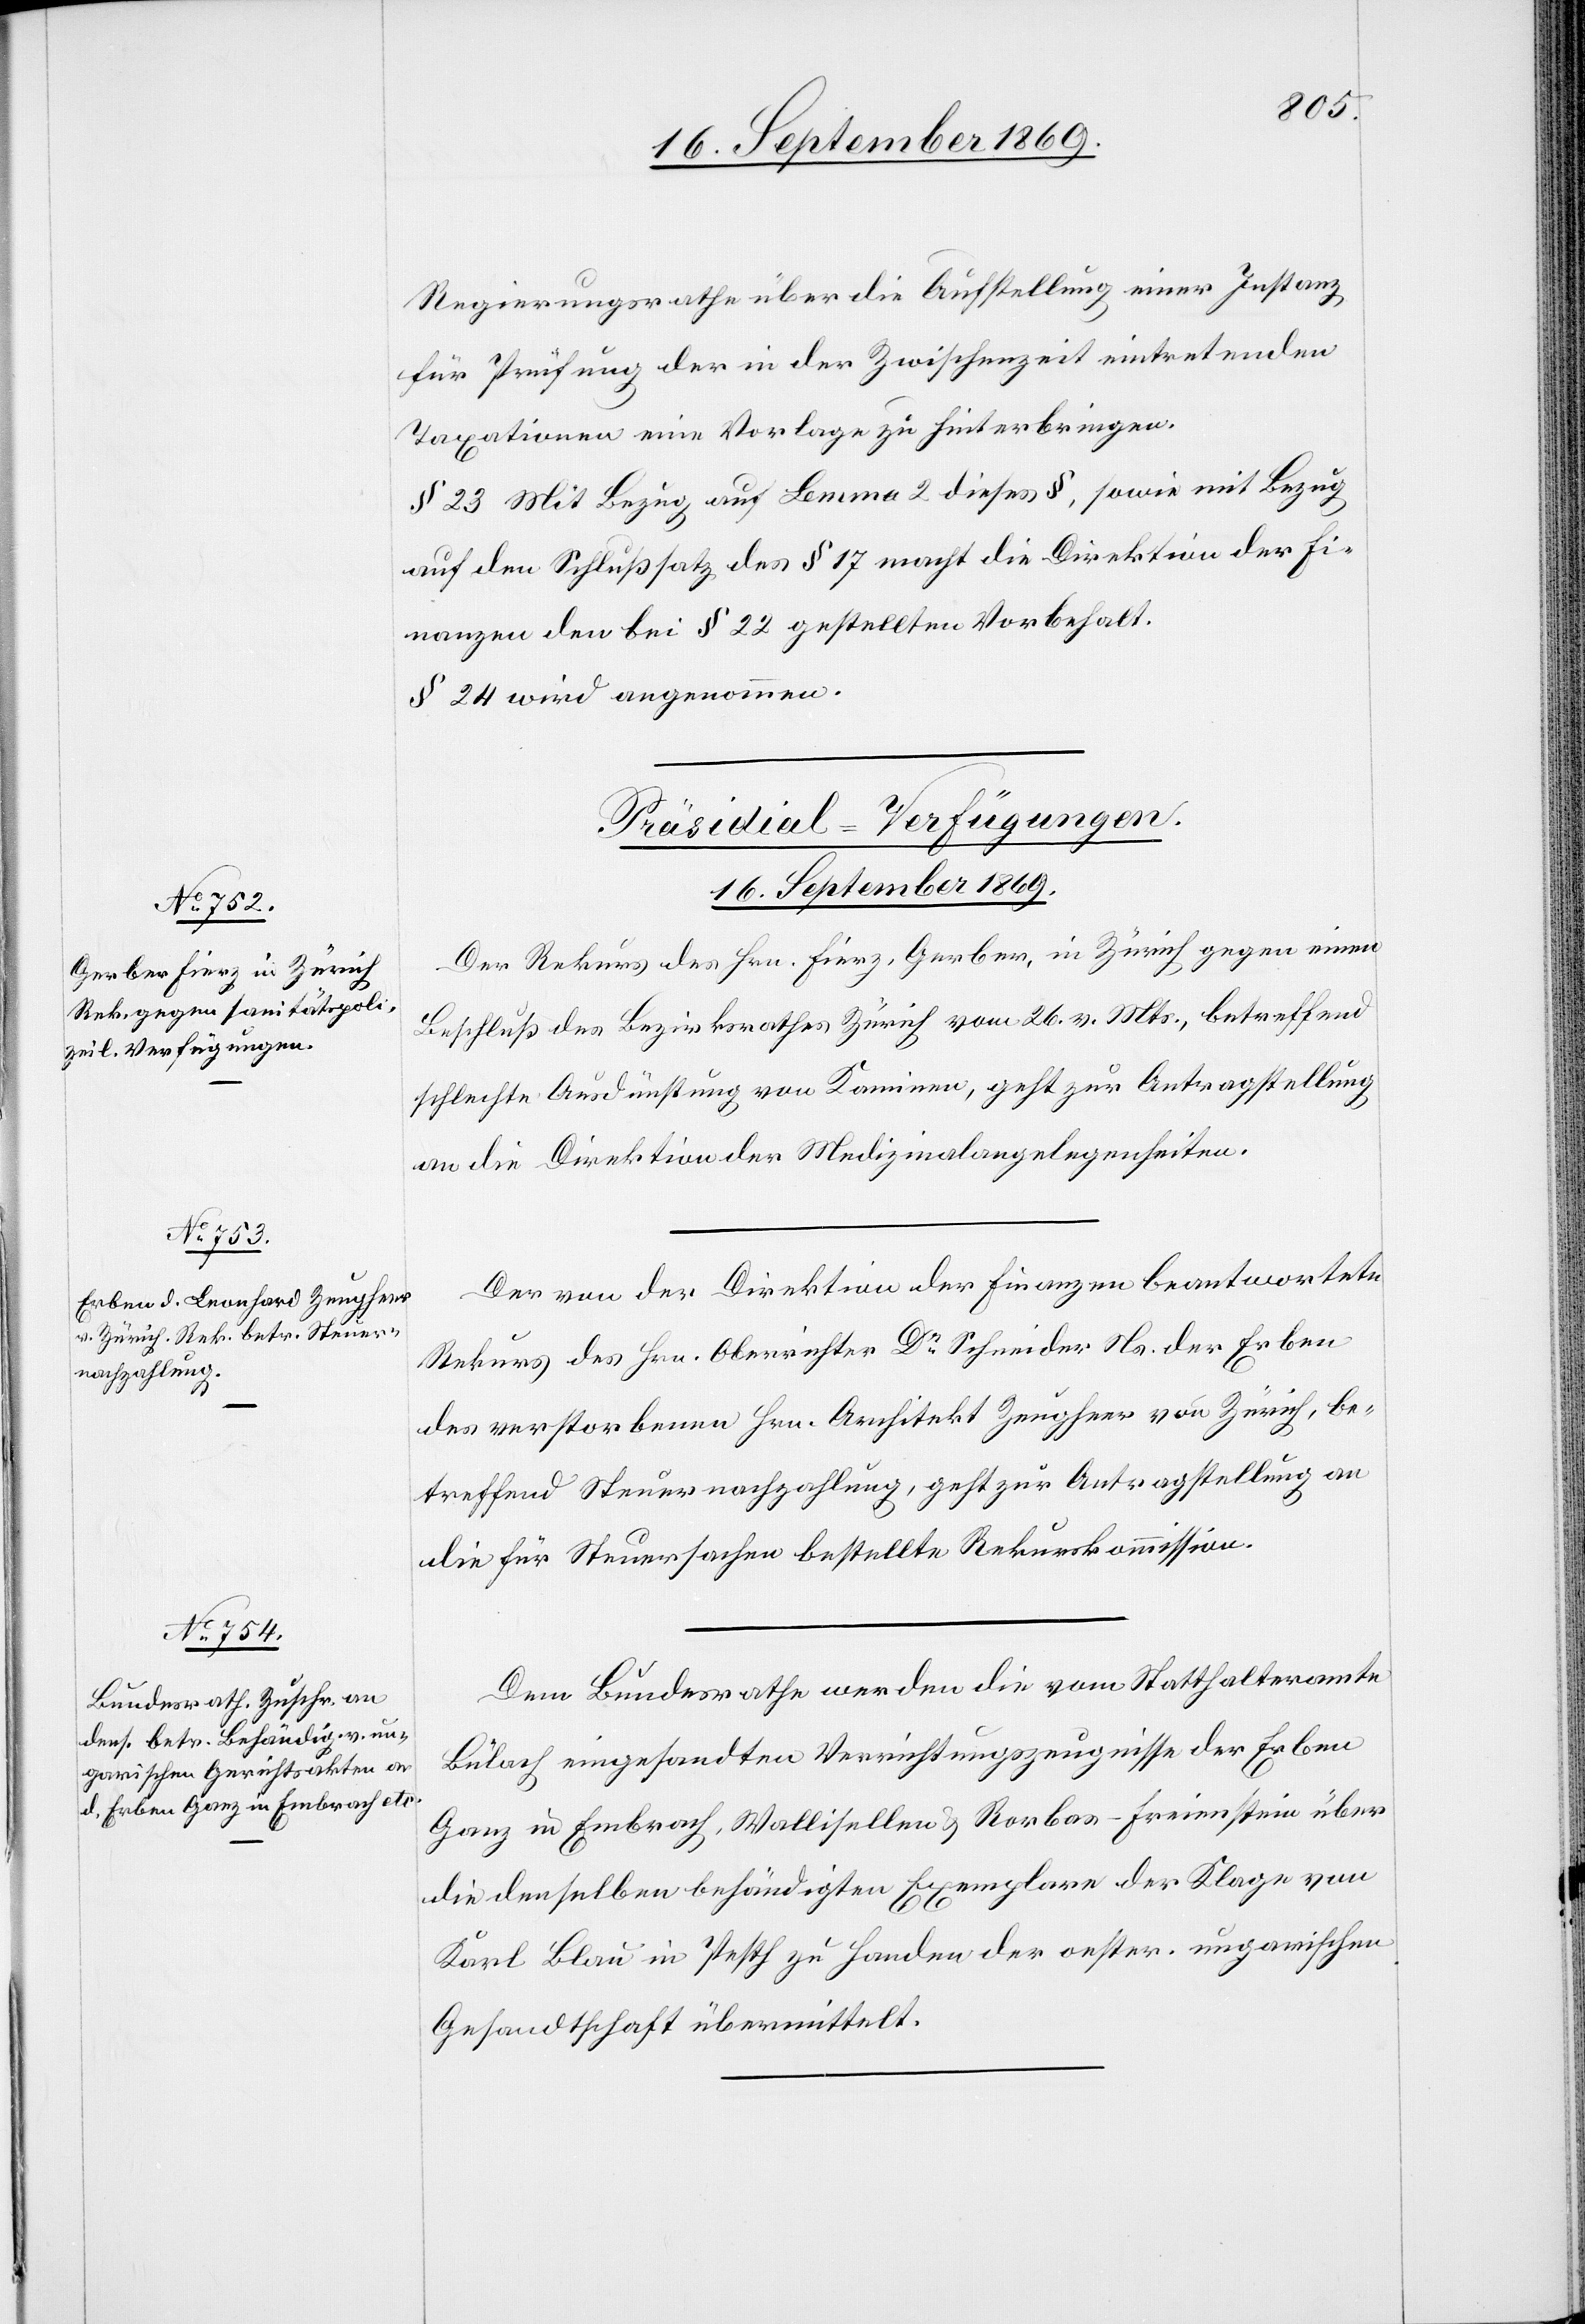
Regierungsrathe über die Aufstellung einer Instanz
für Prüfung der in der Zwischenzeit eintretenden
Taxationen eine Vorlage zu hinterbringen.
§ 23. Mit Bezug auf Lemma 2 dieses §, sowie mit Bezug
auf den Schlußsatz des § 17 macht die Direktion der Fi¬
nanzen den bei § 22 gestellten Vorbehalt.
§ 24 wird angenommen.
[Präsidial-Verfügungen.
16. September 1869.]
Der Rekurs des Hrn. Fierz, Gerber, in Zürich gegen einen
Beschluß des Bezirksrathes Zürich vom 26. v. Mts., betreffend
schlechte Ausdünstung von Kaminen, geht zur Antragstellung
an die Direktion der Medizinalangelegenheiten.
Der von der Direktion der Finanzen beantwortete
Rekurs des Hrn. Oberrichter Dr Schneider Ns. der Erben
des verstorbenen Hrn. Architekt Zeugheer von Zürich, be¬
treffend Steuernachzahlung, geht zur Antragstellung an
die für Steuersachen bestellte Rekurskommission.
Dem Bundesrathe werden die vom Statthalteramte
Bülach eingesandten Verrichtungszeugnisse der Erben
Ganz in Embrach, Wallisellen & Rorbas-Freienstein über
die denselben behändigten Exemplare der Klage von
Karl Blau in Pesth zu Handen der oester. ungarischen
Gesandtschaft übermittelt.